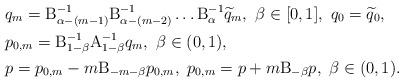
LaTeX: \begin{align*}& q_m = \mathrm{B}_{\alpha- (m-1)}^{-1} \mathrm{B}_{\alpha - (m-2)}^{-1} \ldots \mathrm{B}_\alpha^{-1} \widetilde q_m, \ \beta \in [0,1], \ q_0 = \widetilde q_0, \\& p_{0,m} = \mathrm{B}^{-1}_{1-\beta} \mathrm{A}_{1-\beta}^{-1} q_m, \ \beta \in (0,1), \\& p = p_{0,m} - m \mathrm{B}_{-m-\beta} p_{0,m}, \ p_{0,m} = p + m \mathrm{B}_{-\beta} p, \ \beta \in (0,1).\end{align*}